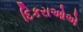
દિકરાઓએ